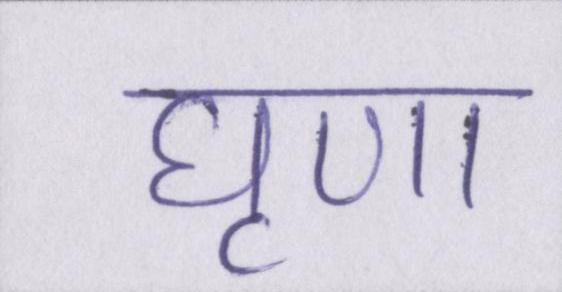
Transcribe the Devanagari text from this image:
घृणा